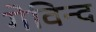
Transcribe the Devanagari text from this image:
गेविन्द